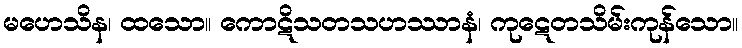
မဟေသိန၊ ထသော။ ကောဋိသတသဟဿာနံ၊ ကုဋေတသိမ်းကုန်သော။